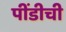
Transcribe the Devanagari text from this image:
पींडीची